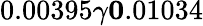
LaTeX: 0.00395\le\gamma\le 0.01034